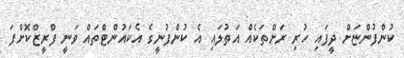
ކުންފުންޏަށް ދީފައި ހުރި ރަށްތަކެއް އަތުލައި އެ ކުންފުނީގެ އެކައުންޓްތައް ވަނީ ފްރީޒްކޮށްފަ